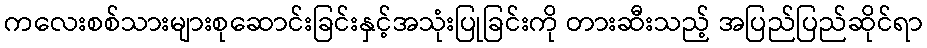
ကလေးစစ်သားများစုဆောင်းခြင်းနှင့်အသုံးပြုခြင်းကို တားဆီးသည့် အပြည်ပြည်ဆိုင်ရာ